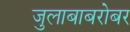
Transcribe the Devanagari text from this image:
जुलाबाबरोबर